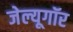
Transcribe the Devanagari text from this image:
जेल्यूगॉर